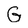
Character: G